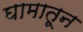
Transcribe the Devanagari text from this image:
घामातून